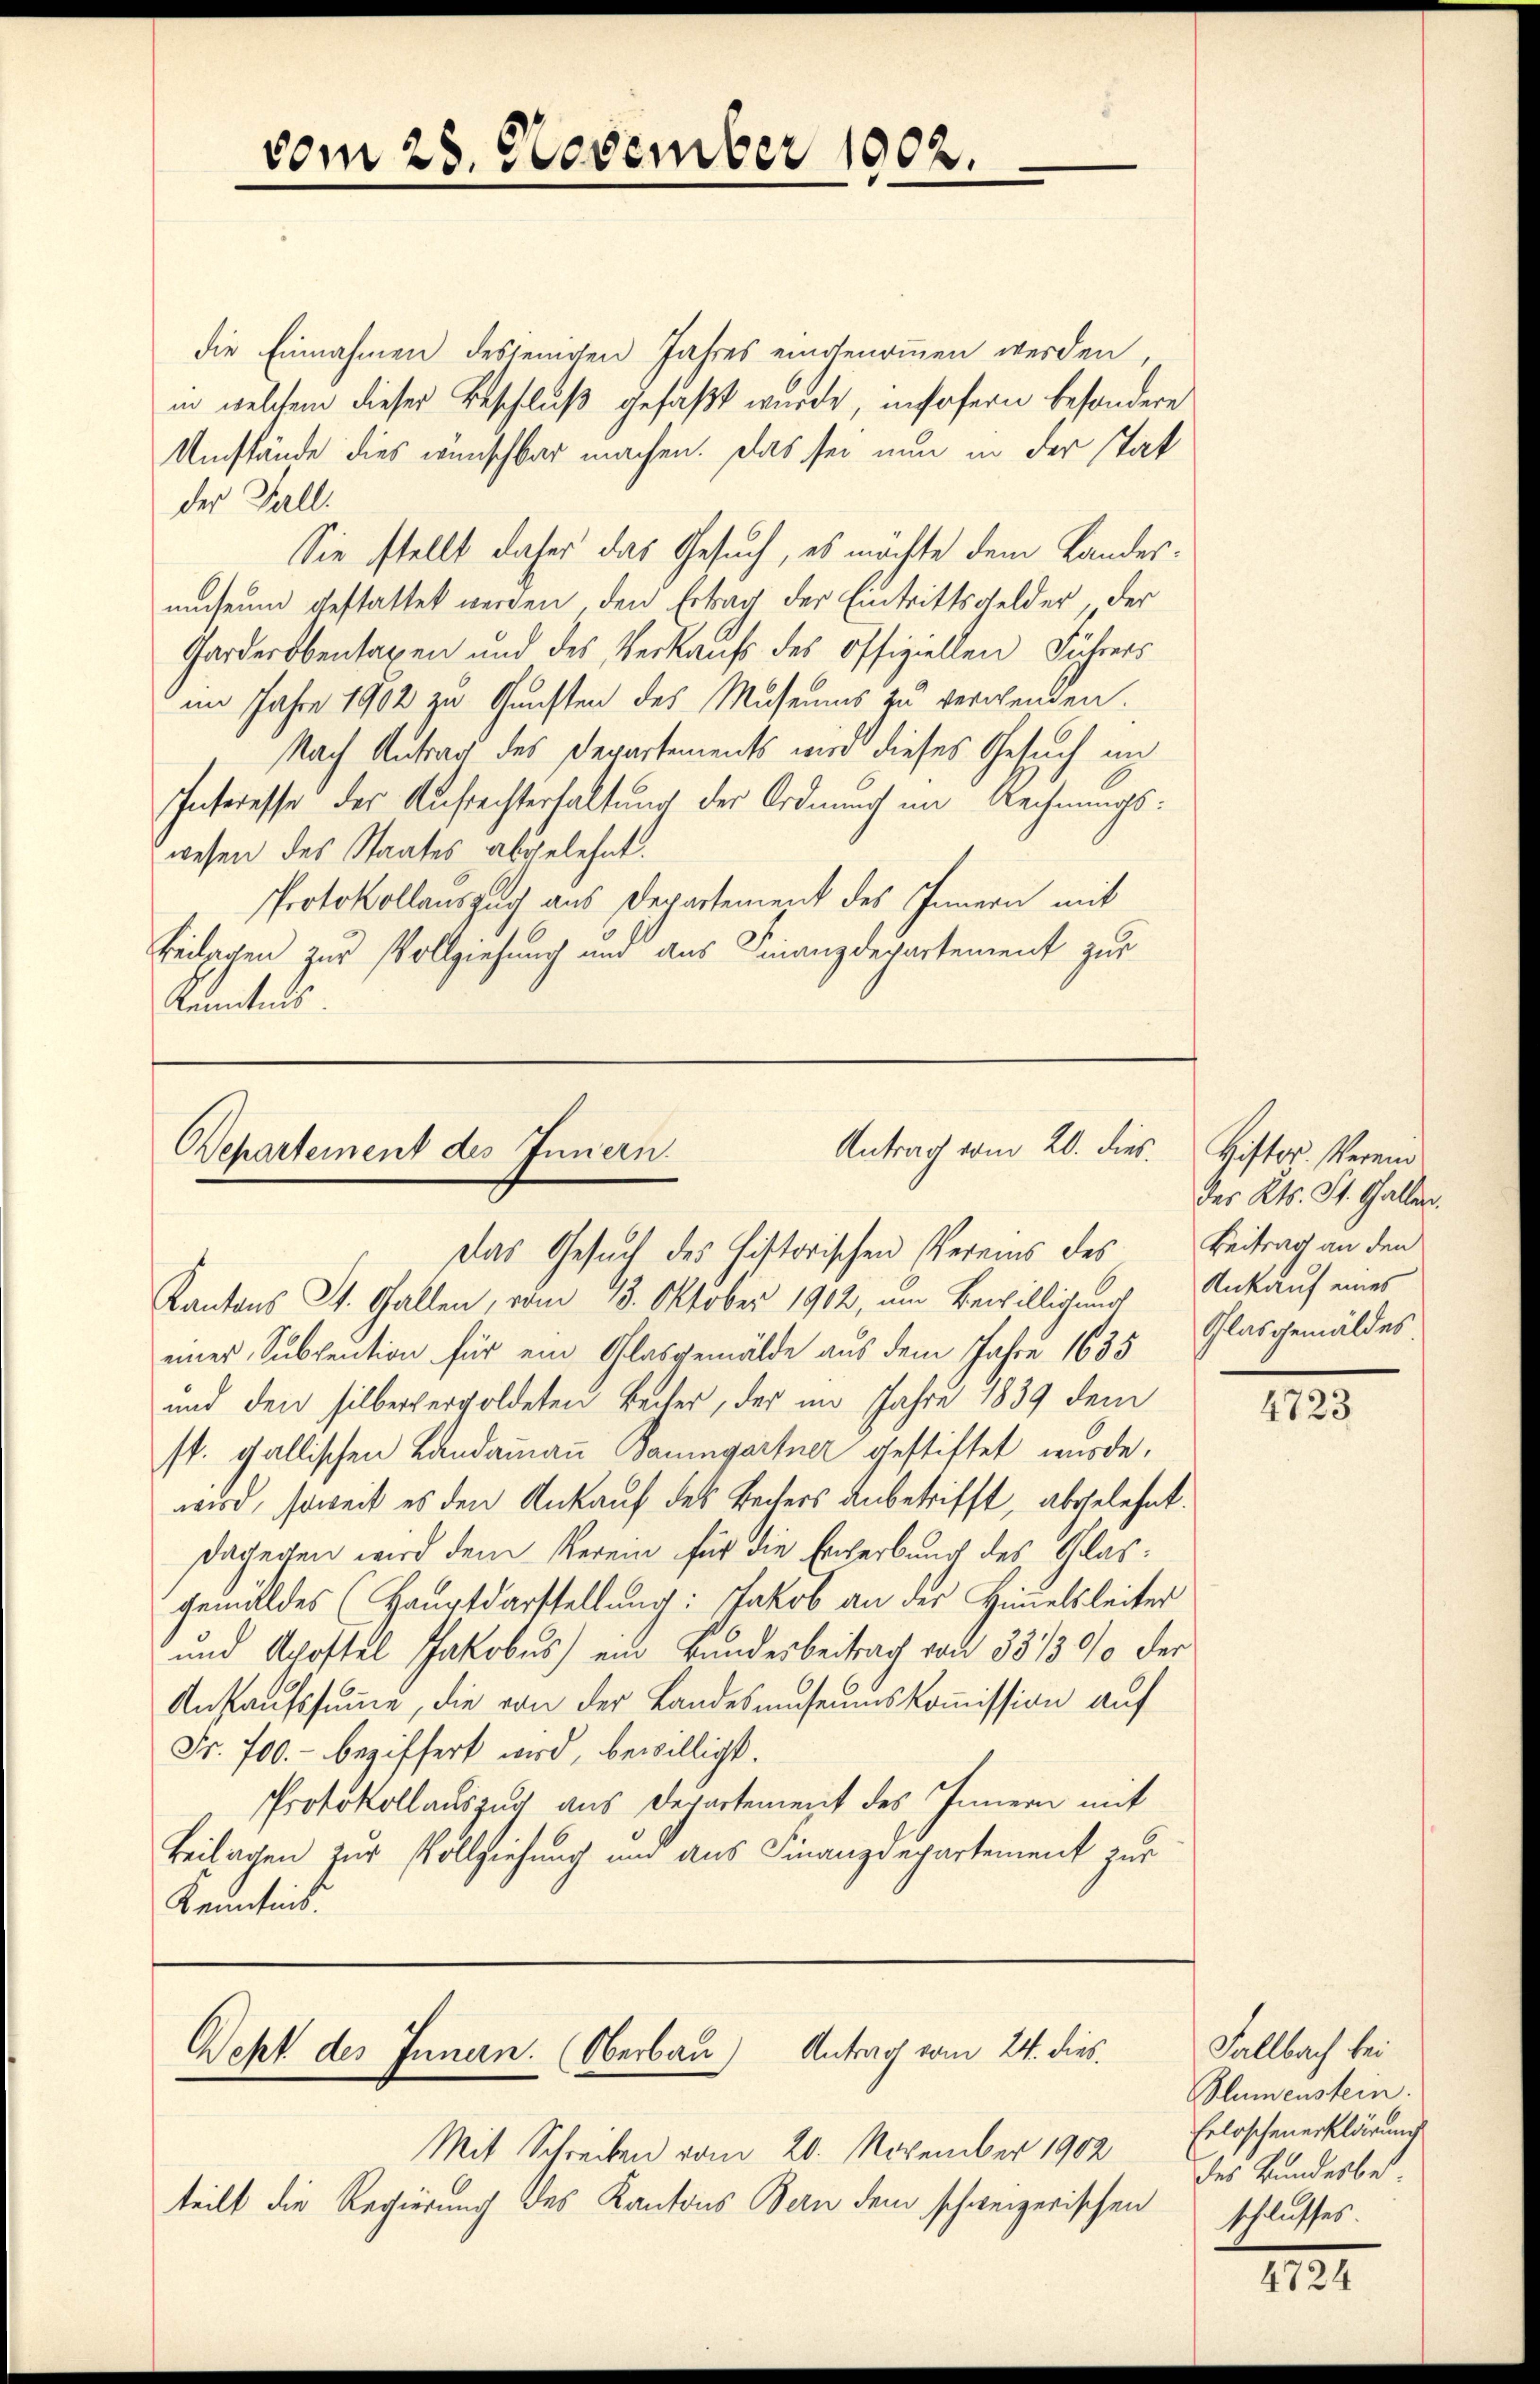
vom 28. November 1902.

die Einnahmen desjenigen Jahres eingenommen werden,
in welchem dieser Beschluß gefaßt wurde, insofern besondere
Umstände dies wünschbar machen. Das sei nun in der stat
der Fall.
Sie stellt daher das Gesuch, es möchte dem Landesmuseum gestattet werden, den Ertrag der Eintrittsgelder, der
Garderobertaxen und des Verkaufs des Offiziellen Führers
im Jahre 1902 zu Gunsten des Museums zu verwenden.
Nach Antrag des Departements wird dieses Gesuch in
Interesse der Aufrechterhaltung der Ordnung im Rechnungswesen des Staates abgelehnt.
Protokollauszug aus Departement des Innern mit
Beilagen zur Vollziehung und aus Finanzdepartement zur
Kenntnis.

Antrag vom 20. dies
Bepartement des Innern.
Das Gesuch des historischen Vereins des Beitrag an den

Kantons St. Gallen, vom 13. Oktober 1902, um Bewilligung Ankauf eines
eines Subvention für ein Glasgemälde aus dem Jahre 1635, Glasgemäldes
und den silbergergoldeten Becher, der im Jahre 1839 dem
st. gallischen Landammann Baumgartner gestiftet wurde.
wird, soweit es den Ankauf des Bechers anbetrifft, abgelehnt.
dagegen wird dem Verein für die Ererbung des Glasgemäldes (Hauptdarstellung: Jakob an der Himmelsleiter
und Acoftel Jakobus) ein Bandesbeitrag von 33/3% der
Ankaufssumme, die von der Landesmuseumskommission auf
Fr. 700.- beziffert wird, bewilligt.
Protokollauszug aus derartement des Innern mit
Beilagen zur Vollziehung und aus Finanzdepartement zur
Kenntnis.

Weht des Innern. (Oberbau) Antrag vom 24. dies
Mit Schreiben vom 20. November 1902

teilt die Regierung des Kantons Bern dem schweizerischen

Histor. Verei
des Kts. St. Gallen.

4723

Fallbach bei
Blumenstein.
Erloschenerklärung
des Bundesbes.
schlusses.

IIII